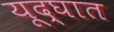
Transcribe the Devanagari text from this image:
यूद्घात